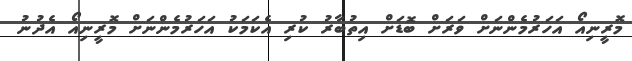
މޮރީނިއޯ އަހަރުމެންނަށް ވަރަށް ބޮޑަށް އިތުބާރު ކުރި އެކަމަކު އަހަރުމެންނަށް މޮރީނިއޯ އެދުނު